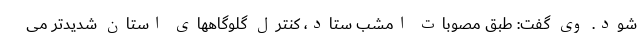
شود. وی گفت: طبق مصوبات امشب ستاد، کنترل گلوگاههای استان شدیدتر می